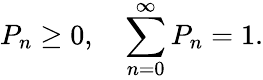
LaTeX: P_{n}\ge 0,\quad\sum_{n=0}^{\infty}P_{n}=1.